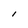
Character: l